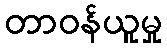
တာဝန်ယူမှု